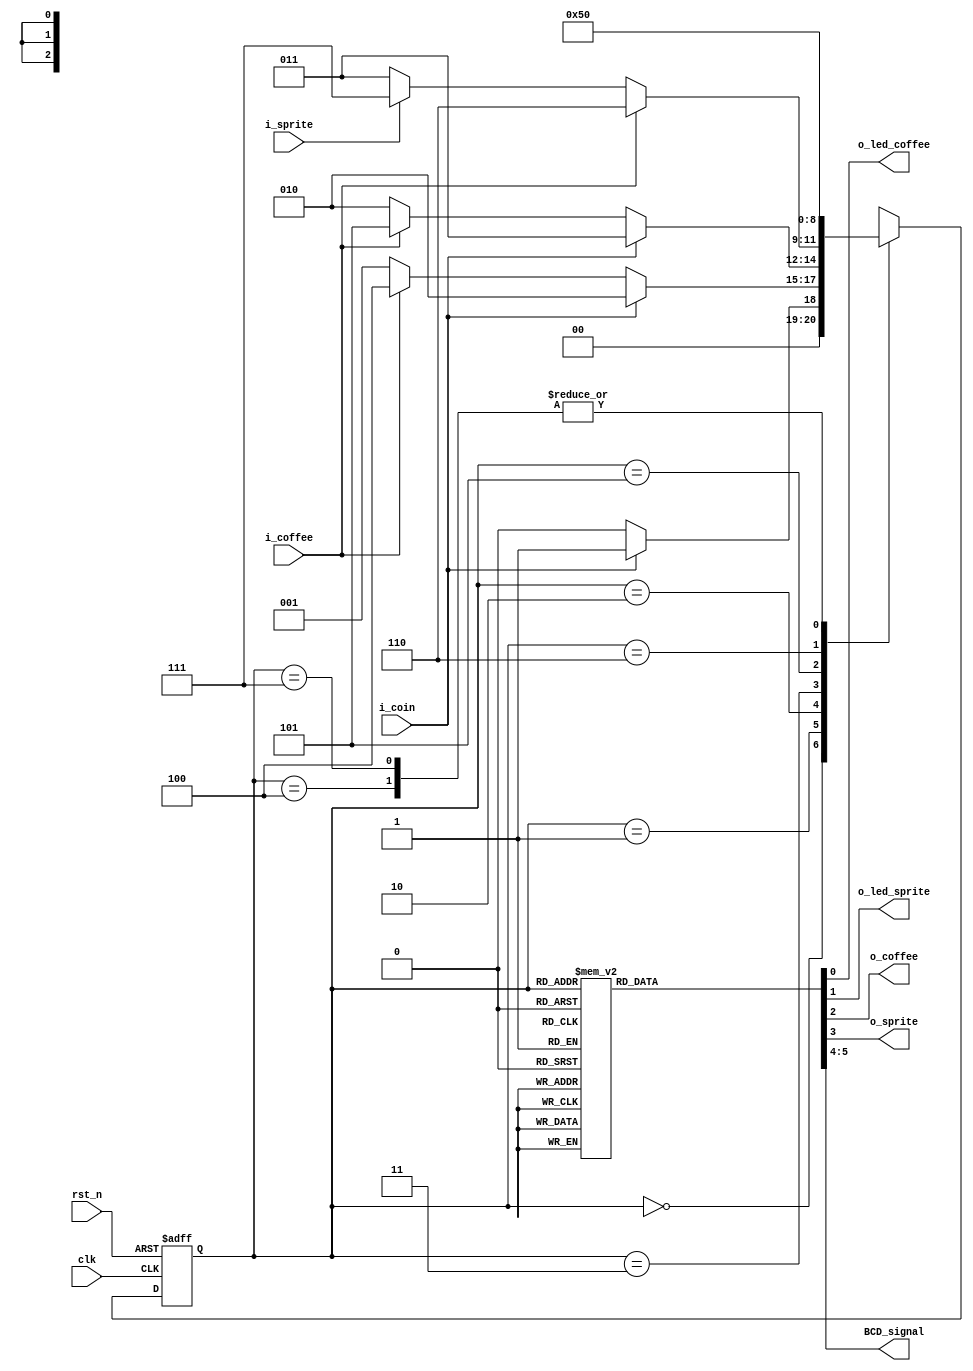
//: 
//: Vending Machine
// :     Finite State Machine (Moore)  
//:  3   7-Segment Decoder  LED 

module FSM_Module_VM(
    clk             ,
    rst_n           ,
    i_coin          ,
    i_coffee        ,
    i_sprite        ,
    o_led_coffee    ,
    o_led_sprite    ,
    o_coffee        ,
    o_sprite        ,
    BCD_signal       
);

input               clk             ;
input               rst_n           ;
input               i_coin          ;
input               i_coffee        ;
input               i_sprite        ;

output reg          o_led_coffee    ;
output reg          o_led_sprite    ;
output reg          o_coffee        ;
output reg          o_sprite        ;
output reg [1:0]    BCD_signal      ; // 7-Segment Decoder input  BCD signal  (2bit: 0~4)

reg [2:0] state, n_state;

//State parameter - local : FSM    (  )
localparam  IDLE            = 3'b000;
localparam  COIN_1          = 3'b001;
localparam  COIN_2          = 3'b010;
localparam  COIN_3          = 3'b011;
localparam  COFFEE_OUT_1    = 3'b100;
localparam  COFFEE_OUT_2    = 3'b101;
localparam  COFFEE_OUT_3    = 3'b110;
localparam  SPRITE_OUT      = 3'b111;

//State register
always @(posedge clk or negedge rst_n) begin
    if(!rst_n) begin
        state <= IDLE;
    end else
        state <= n_state;
end

//State logic
always @(state or i_coin or i_coffee or i_sprite) begin
    case(state)
        IDLE:
            if(i_coin)
                n_state = COIN_1;
            else
                n_state = IDLE;

        COIN_1:
            if(i_coin)
                n_state = COIN_2;
            else if(i_coffee)
                n_state = COFFEE_OUT_1;
            else
                n_state = COIN_1;

        COIN_2:
            if(i_coin)
                n_state = COIN_3;
            else if(i_coffee)
                n_state = COFFEE_OUT_2;
            else
                n_state = COIN_2;

        COIN_3:
            if(i_coffee)
                n_state = COFFEE_OUT_3;
            else if(i_sprite)
                n_state = SPRITE_OUT;
            else
                n_state = COIN_3;
        
        COFFEE_OUT_1: n_state = IDLE;

        COFFEE_OUT_2: n_state = COIN_1;

        COFFEE_OUT_3: n_state = COIN_2;

        SPRITE_OUT: n_state = IDLE;

        default: n_state = IDLE;

    endcase
end

//Output logic (Moore:  (state)  output )
always @(state) begin
    case(state)
        IDLE: begin
            o_led_coffee <= 0;
            o_led_sprite <= 0;
            o_coffee <= 0;
            o_sprite <= 0;
            BCD_signal <= 2'b00;
        end

        COIN_1: begin
            o_led_coffee <= 1;
            o_led_sprite <= 0;
            o_coffee <= 0;
            o_sprite <= 0;
            BCD_signal <= 2'b01;
        end

        COIN_2: begin
            o_led_coffee <= 1;
            o_led_sprite <= 0;
            o_coffee <= 0;
            o_sprite <= 0;
            BCD_signal <= 2'b10;
        end

        COIN_3: begin
            o_led_coffee <= 1;
            o_led_sprite <= 1;
            o_coffee <= 0;
            o_sprite <= 0;
            BCD_signal <= 2'b11;
        end

        COFFEE_OUT_1: begin//coffee   IDLE state 
            o_led_coffee <= 0;
            o_led_sprite <= 0;
            o_coffee <= 1;
            o_sprite <= 0;
            BCD_signal <= 2'b00;
        end

        COFFEE_OUT_2: begin//coffee   COIN_1 state 
            o_led_coffee <= 1;
            o_led_sprite <= 0;
            o_coffee <= 1;
            o_sprite <= 0;
            BCD_signal <= 2'b01;
        end

        COFFEE_OUT_3: begin//coffee   COIN_2 state 
            o_led_coffee <= 1;
            o_led_sprite <= 0;
            o_coffee <= 1;
            o_sprite <= 0;
            BCD_signal <= 2'b10;
        end

        SPRITE_OUT: begin//sprite   IDLE state 
            o_led_coffee <= 0;
            o_led_sprite <= 0;
            o_coffee <= 0;
            o_sprite <= 1;
            BCD_signal <= 2'b00;
        end

        default: begin//Latch 
            o_led_coffee <= 0;
            o_led_sprite <= 0;
            o_coffee <= 0;
            o_sprite <= 0;
            BCD_signal <= 2'b00;
        end

    endcase
end

endmodule